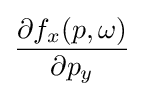
{\frac {\partial f_{x}(p,\omega )}{\partial p_{y}}}